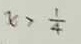
x > \frac { 1 } { 4 }